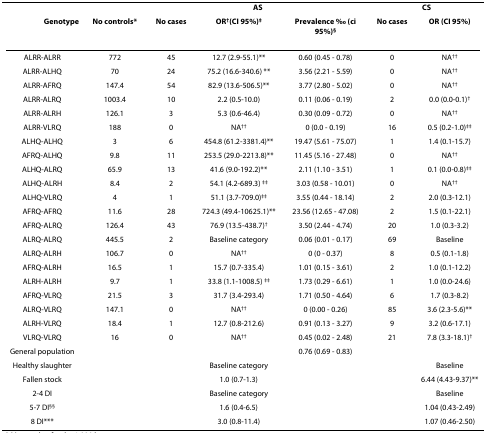
<table><thead><tr><td></td><td></td><td colspan="3"><b>AS</b></td><td colspan="2"><b>CS</b></td></tr><tr><td><b>Genotype</b></td><td><b>No controls*</b></td><td><b>No cases</b></td><td><b>OR<sup>†</sup>(CI 95%)<sup>‡</sup></b></td><td><b>Prevalence ‰ (ci 95%)<sup>§</sup></b></td><td><b>No cases</b></td><td><b>OR (CI 95%)</b></td></tr></thead><tbody><tr><td>ALRR-ALRR</td><td>772</td><td>45</td><td>12.7 (2.9-55.1)**</td><td>0.60 (0.45 - 0.78)</td><td>0</td><td>NA<sup>††</sup></td></tr><tr><td>ALRR-ALHQ</td><td>70</td><td>24</td><td>75.2 (16.6-340.6) **</td><td>3.56 (2.21 - 5.59)</td><td>0</td><td>NA<sup>††</sup></td></tr><tr><td>ALRR-AFRQ</td><td>147.4</td><td>54</td><td>82.9 (13.6-506.5)**</td><td>3.77 (2.80 - 5.02)</td><td>0</td><td>NA<sup>††</sup></td></tr><tr><td>ALRR-ALRQ</td><td>1003.4</td><td>10</td><td>2.2 (0.5-10.0)</td><td>0.11 (0.06 - 0.19)</td><td>2</td><td>0.0 (0.0-0.1)<sup>†</sup></td></tr><tr><td>ALRR-ALRH</td><td>126.1</td><td>3</td><td>5.3 (0.6-46.4)</td><td>0.30 (0.09 - 0.72)</td><td>0</td><td>NA<sup>††</sup></td></tr><tr><td>ALRR-VLRQ</td><td>188</td><td>0</td><td>NA<sup>††</sup></td><td>0 (0.0 - 0.19)</td><td>16</td><td>0.5 (0.2-1.0)<sup>‡‡</sup></td></tr><tr><td>ALHQ-ALHQ</td><td>3</td><td>6</td><td>454.8 (61.2-3381.4)**</td><td>19.47 (5.61 - 75.07)</td><td>1</td><td>1.4 (0.1-15.7)</td></tr><tr><td>AFRQ-ALHQ</td><td>9.8</td><td>11</td><td>253.5 (29.0-2213.8)**</td><td>11.45 (5.16 - 27.48)</td><td>0</td><td>NA<sup>††</sup></td></tr><tr><td>ALHQ-ALRQ</td><td>65.9</td><td>13</td><td>41.6 (9.0-192.2)**</td><td>2.11 (1.10 - 3.51)</td><td>1</td><td>0.1 (0.0-0.8)<sup>‡‡</sup></td></tr><tr><td>ALHQ-ALRH</td><td>8.4</td><td>2</td><td>54.1 (4.2-689.3) <sup>‡‡</sup></td><td>3.03 (0.58 - 10.01)</td><td>0</td><td>NA<sup>††</sup></td></tr><tr><td>ALHQ-VLRQ</td><td>4</td><td>1</td><td>51.1 (3.7-709.0)<sup>‡‡</sup></td><td>3.55 (0.44 - 18.14)</td><td>2</td><td>2.0 (0.3-12.1)</td></tr><tr><td>AFRQ-AFRQ</td><td>11.6</td><td>28</td><td>724.3 (49.4-10625.1)**</td><td>23.56 (12.65 - 47.08)</td><td>2</td><td>1.5 (0.1-22.1)</td></tr><tr><td>AFRQ-ALRQ</td><td>126.4</td><td>43</td><td>76.9 (13.5-438.7)<sup>†</sup></td><td>3.50 (2.44 - 4.74)</td><td>20</td><td>1.0 (0.3-3.2)</td></tr><tr><td>ALRQ-ALRQ</td><td>445.5</td><td>2</td><td>Baseline category</td><td>0.06 (0.01 - 0.17)</td><td>69</td><td>Baseline</td></tr><tr><td>ALRQ-ALRH</td><td>106.7</td><td>0</td><td>NA<sup>††</sup></td><td>0 (0 - 0.37)</td><td>8</td><td>0.5 (0.1-1.8)</td></tr><tr><td>AFRQ-ALRH</td><td>16.5</td><td>1</td><td>15.7 (0.7-335.4)</td><td>1.01 (0.15 - 3.61)</td><td>2</td><td>1.0 (0.1-12.2)</td></tr><tr><td>ALRH-ALRH</td><td>9.7</td><td>1</td><td>33.8 (1.1-1008.5) <sup>‡‡</sup></td><td>1.73 (0.29 - 6.61)</td><td>1</td><td>1.0 (0.0-24.6)</td></tr><tr><td>AFRQ-VLRQ</td><td>21.5</td><td>3</td><td>31.7 (3.4-293.4)</td><td>1.71 (0.50 - 4.64)</td><td>6</td><td>1.7 (0.3-8.2)</td></tr><tr><td>ALRQ-VLRQ</td><td>147.1</td><td>0</td><td>NA<sup>††</sup></td><td>0 (0.00 - 0.26)</td><td>85</td><td>3.6 (2.3-5.6)**</td></tr><tr><td>ALRH-VLRQ</td><td>18.4</td><td>1</td><td>12.7 (0.8-212.6)</td><td>0.91 (0.13 - 3.27)</td><td>9</td><td>3.2 (0.6-17.1)</td></tr><tr><td>VLRQ-VLRQ</td><td>16</td><td>0</td><td>NA<sup>††</sup></td><td>0.45 (0.02 - 2.48)</td><td>21</td><td>7.8 (3.3-18.1)<sup>†</sup></td></tr><tr><td>General population</td><td></td><td></td><td></td><td>0.76 (0.69 - 0.83)</td><td></td><td></td></tr><tr><td>Healthy slaughter</td><td></td><td></td><td>Baseline category</td><td></td><td></td><td>Baseline</td></tr><tr><td>Fallen stock</td><td></td><td></td><td>1.0 (0.7-1.3)</td><td></td><td></td><td>6.44 (4.43-9.37)**</td></tr><tr><td>2-4 DI</td><td></td><td></td><td>Baseline category</td><td></td><td></td><td>Baseline</td></tr><tr><td>5-7 DI<sup>§§</sup></td><td></td><td></td><td>1.6 (0.4-6.5)</td><td></td><td></td><td>1.04 (0.43-2.49)</td></tr><tr><td>8 DI***</td><td></td><td></td><td>3.0 (0.8-11.4)</td><td></td><td></td><td>1.07 (0.46-2.50)</td></tr></tbody></table>